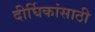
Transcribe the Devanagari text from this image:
दीर्घिकांसाठी